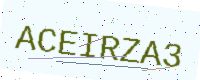
Text: ACEIRZA3